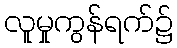
လူမှုကွန်ရက်၌